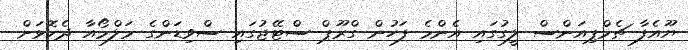
ޔޫއެފާ ޗެމްޕިއަންސް ލީގުގައި އެންމެ ފަހުން ގްރޫޕް ސްޓޭޖުގައި ސްވިޑަންގެ މަލްމޯއާ ދެކޮޅަށް